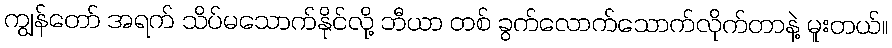
ကျွန်တော် အရက် သိပ်မသောက်နိုင်လို့ ဘီယာ တစ် ခွက်လောက်သောက်လိုက်တာနဲ့ မူးတယ်။